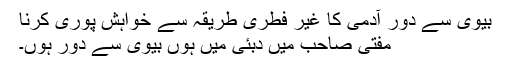
بیوی سے دور آدمی کا غیر فطری طریقہ سے خواہش پوری کرنا
مفتی صاحب میں دبئی میں ہوں بیوی سے دور ہوں۔